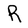
Character: R